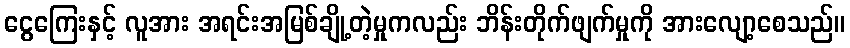
ငွေကြေးနှင့် လူအား အရင်းအမြစ်ချို့တဲ့မှုကလည်း ဘိန်းတိုက်ဖျက်မှုကို အားလျော့စေသည်။